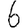
Digit: 6